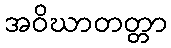
အဝိဃာတတ္တာ